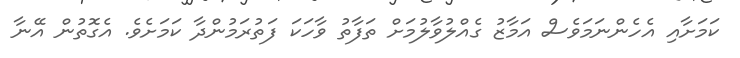
ކަމަށާއި އެހެންނަމަވެސް އަމާޒު ގެއްލުވާލުމަށް ތަފާތު ވާހަކަ ފަތުރަމުންދާ ކަމަށެވެ. އެގޮތުން އޭނާ